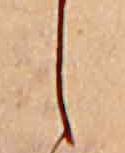
し